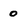
Character: 0